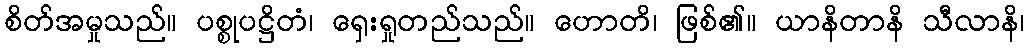
စိတ်အမှုသည်။ ပစ္စုပဋ္ဌိတံ၊ ရှေးရှုတည်သည်။ ဟောတိ၊ ဖြစ်၏။ ယာနိတာနိ သီလာနိ၊